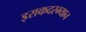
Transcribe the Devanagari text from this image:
इराकदरम्यान